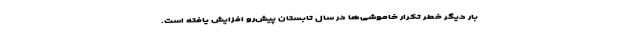
بار دیگر خطر تکرار خاموشی‌ها در سال تابستان پیش‌رو افزایش یافته است.